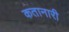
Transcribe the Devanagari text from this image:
कतानारी